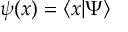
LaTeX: \psi ( x ) = \langle x | \Psi \rangle